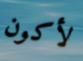
لأكون